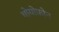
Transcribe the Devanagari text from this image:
थोयोफ़ोन